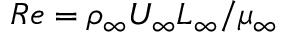
R e = \rho _ { \infty } U _ { \infty } L _ { \infty } / \mu _ { \infty }